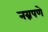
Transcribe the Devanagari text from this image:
नग्नपणे